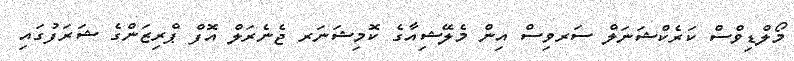
މޯލްޑިވްސް ކަރެކްޝަނަލް ސަރވިސް އިން މެލޭޝިއާގެ ކޮމިޝަނަރ ޖެނެރަލް އޮފް ޕްރިޒަންގެ ޝަރަފުގައި